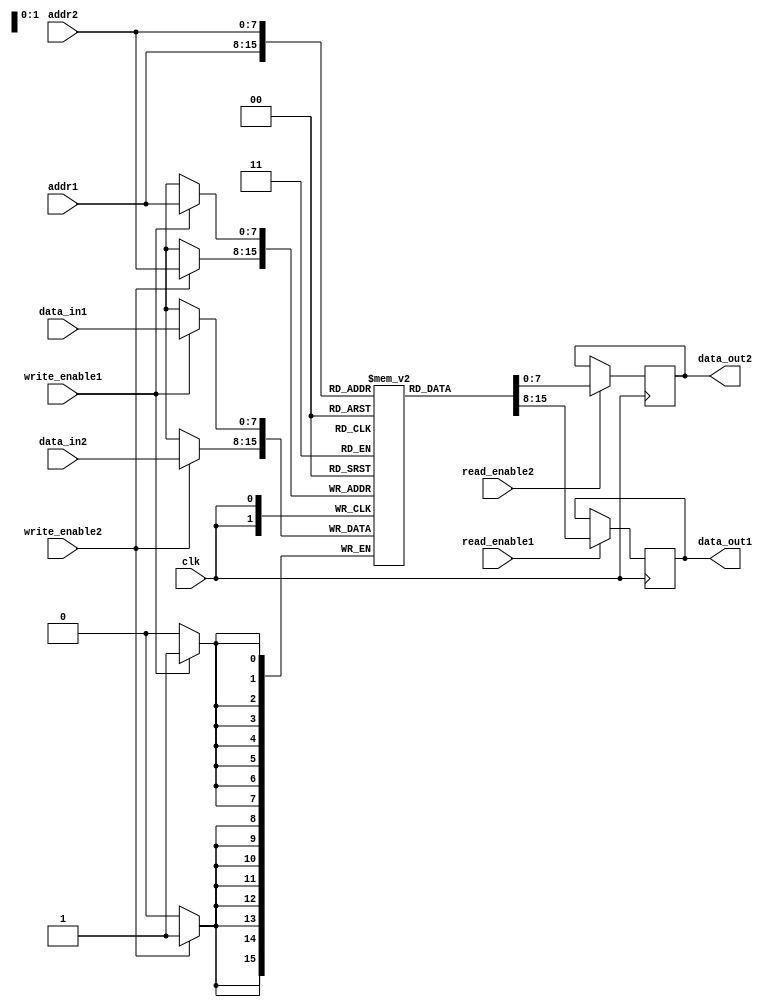
module dual_port_ram
(
  input wire clk,             // Clock input
  input wire [7:0] addr1,     // Address bus for Port 1
  input wire [7:0] addr2,     // Address bus for Port 2
  input wire [7:0] data_in1,  // Data input for Port 1
  input wire [7:0] data_in2,  // Data input for Port 2
  input wire write_enable1,   // Write enable signal for Port 1
  input wire write_enable2,   // Write enable signal for Port 2
  input wire read_enable1,    // Read enable signal for Port 1
  input wire read_enable2,    // Read enable signal for Port 2
  output reg [7:0] data_out1, // Data output for Port 1
  output reg [7:0] data_out2  // Data output for Port 2
);

reg [7:0] memory [0:255];     // Memory array for data storage

always @(posedge clk) begin
  if (write_enable1) begin
    memory[addr1] <= data_in1; // Write data to memory location based on addr1
  end
  
  if (write_enable2) begin
    memory[addr2] <= data_in2; // Write data to memory location based on addr2
  end
  
  if (read_enable1) begin
    data_out1 <= memory[addr1]; // Read data from memory location based on addr1
  end
  
  if (read_enable2) begin
    data_out2 <= memory[addr2]; // Read data from memory location based on addr2
  end
end

endmodule